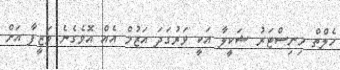
ހެލްތް މިނިސްޓަރު ޝަކީލާ އަކީ ވަރުގަދަ އަޒުމް އެއްް އޮވެގެނެ ވަޒީފާ އަށް